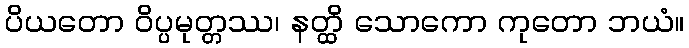
ပိယတော ဝိပ္ပမုတ္တဿ၊ နတ္ထိ သောကော ကုတော ဘယံ။